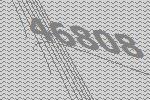
46808